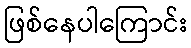
ဖြစ်နေပါကြောင်း